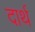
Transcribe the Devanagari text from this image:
दार्थ